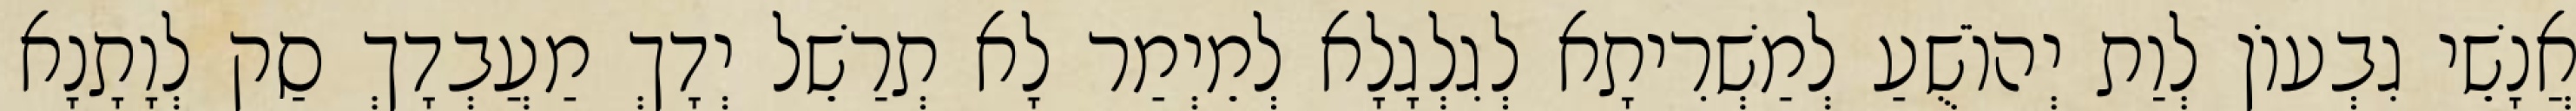
אֲנָשֵׁי גִבְעוֹן לְוַת יְהוֹשֻׁעַ לְמַשְׁרִיתָא לְגִלְגָלָא לְמֵיְמַר לָא תְרַשֵׁל יְדָךְ מַעֲבְדָךְ סַק לְוָתָנָא